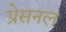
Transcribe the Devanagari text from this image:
प्रेसनल